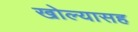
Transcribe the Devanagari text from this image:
खोल्यासह